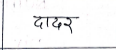
मजकूर: दादर